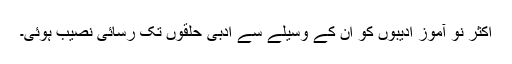
اکثر نو آموز ادیبوں کو ان کے وسیلے سے ادبی حلقوں تک رسائی نصیب ہوئی۔